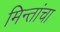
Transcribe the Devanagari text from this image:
मिन्तांचा